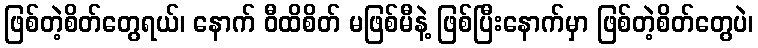
ဖြစ်တဲ့စိတ်တွေရယ်၊ နောက် ဝီထိစိတ် မဖြစ်မီနဲ့ ဖြစ်ပြီးနောက်မှာ ဖြစ်တဲ့စိတ်တွေပဲ၊